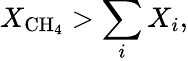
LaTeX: X_{\mathrm{CH_{4}}}>\sum_{i}X_{i},